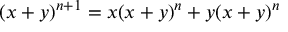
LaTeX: ( x + y ) ^ { n + 1 } = x ( x + y ) ^ { n } + y ( x + y ) ^ { n }